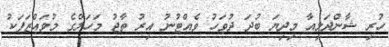
ހުރި ޝާންދަލިއާ މިދިޔަ ބުދަ ދުވަހު ވެއްޓުނު އިރު ތާޖު މަހަލްގެ މުވައްޒަފަކު